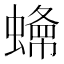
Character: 𧐲